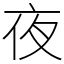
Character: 夜